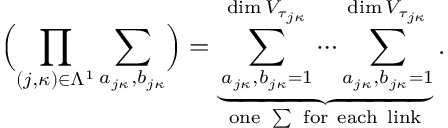
\Bigl ( \prod _ { ( j , \kappa ) \in \Lambda ^ { 1 } } \sum _ { a _ { j \kappa } , b _ { j \kappa } } \Bigr ) = \underbrace { \sum _ { a _ { j \kappa } , b _ { j \kappa } = 1 } ^ { \dim V _ { \tau _ { j \kappa } } } \cdots \sum _ { a _ { j \kappa } , b _ { j \kappa } = 1 } ^ { \dim V _ { \tau _ { j \kappa } } } } _ { \mathrm { o n e ~ \sum ~ f o r ~ e a c h ~ l i n k } } .